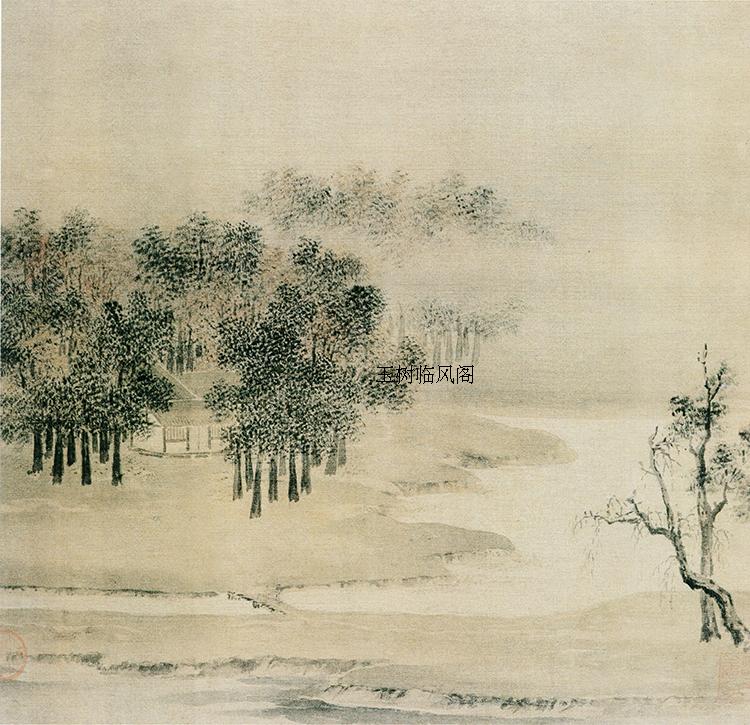
秋霜不惜人，倏忽侵蒲柳。